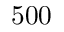
5 0 0